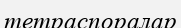
тетраспоралар